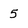
Character: 5